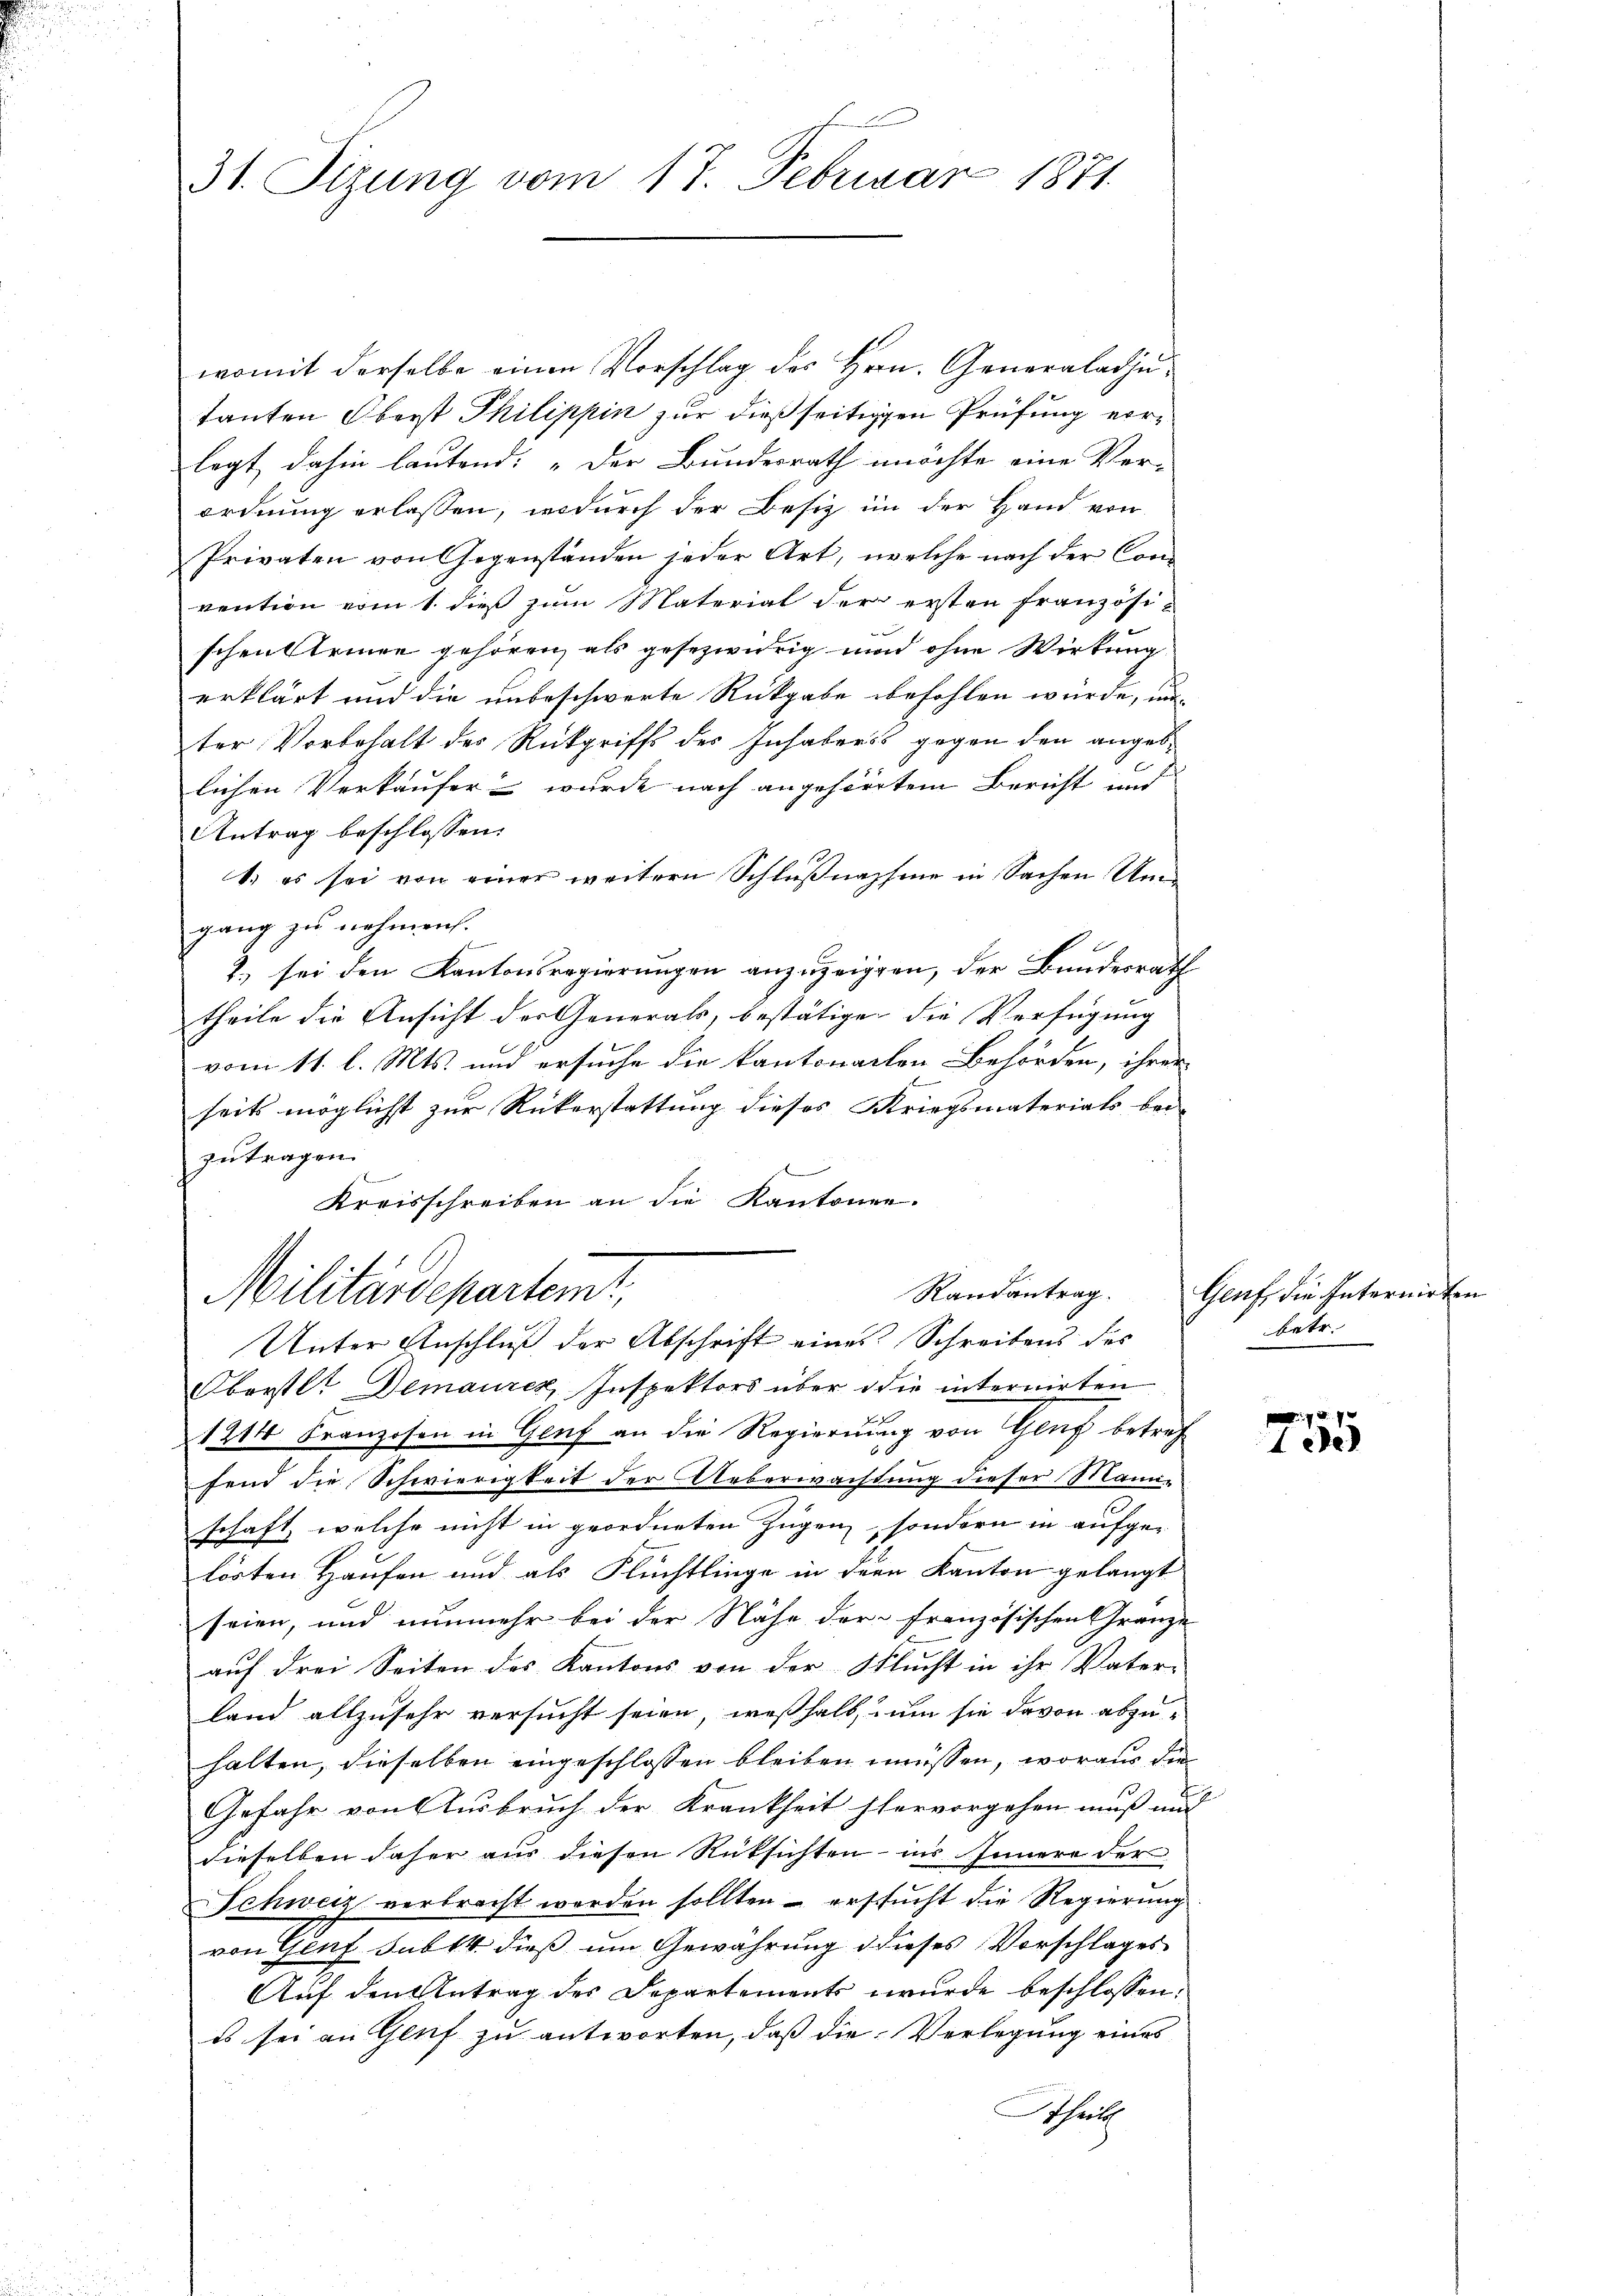
31. Sitzung vom 17. Februar 1871.

womit derselbe einen Vorschlag des Hrrn. Generaladjutanten Oberst Philippin zur dießseitigen Prüfung vorlegt dahin lautend: „Der Bundesrath möchte eine Ver-
ordnung erlassen, wodurch der Besiz im der Hand von
Privaten von Gegenständen jeder Art, welche nach der Convention vom 1. dieß zum Material der ersten Französie
schent tringe gehören, als gesezwidrig und ohne Wirkung
erklärt und die unbeschwerte Rückgabe befohlen wurde, unter Vorbehalt des Rückgriffs des Inhabers gegen den angeblichen Verkäufer wurde nach angehörtem Bericht und
Antrag beschlossen:
1. es sei von einer weitern Schlußnahme in Sachen Umgang zu nehmen.
2.) sei den Kantonsregierungen anzuzeigen, der Bundesrath
theile die Ansicht der Generals, bestätigen die Verfügung
vom 11. l. Mts. und ersuche die kantonalen Behörden, ihrer
seits möglichst zur Rükerstattung dieses Kriegsmaterials bei-
zutragen.
e
Kreisschreiben an die Kantonen.
Randantrag.
Militärdepartem
Unter Anschluß der Abschrift eines Schreibens des
Oberstl. Demaurer, Inspektors über die internirten
d
1214 Franzosen in Genf an die Regierung von Gluß betref
fend die Schwierigkeit der Ueberwachtung dieser Mann-
schaft, welche nicht in geordneten Zügen, sondern in aufgelösten Hausen und als Flüchtlinge in der Kanton gelangt
seien, und nunmehr bei der Nähe der französischen Gränze
auf drei Seiten des Kantons von der Flucht in ihr Vater-
land allzusehr versucht seien, weßhalb, um sie davon abzu-
halten, dieselben eingeschlossen bleiben müssen, woraus die
Gefahr von Ausbruch der Krankheit hervorgehen muß und
dieselben daher aus diesen Rüksichten ins Innere der
Schweiz verbracht werden sollten – ersucht die Regierung
von Genf subst dieß um Gewährung dieses Vorschlages
Auf den Antrag des Departements wurde beschlossen:
es sei an Genf zu antworten, daß die Verlegung eines
Schrich

Genf die Internirten
betr.
9

ede